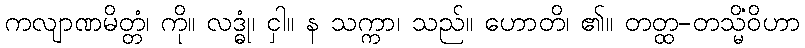
ကလျာဏမိတ္တံ၊ ကို။ လဒ္ဓုံ၊ ငှါ။ န သက္ကာ၊ သည်။ ဟောတိ၊ ၏။ တတ္ထ-တသ္မိံဝိဟာ